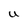
Character: U